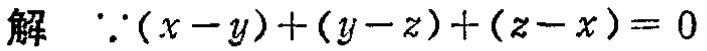
解  $\because(x - y)+(y - z)+(z - x)=0$